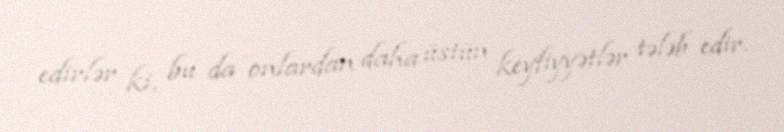
edirlər ki, bu da onlardan daha üstün keyfiyyətlər tələb edir.